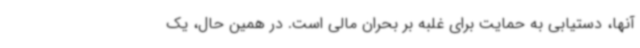
آنها، دستیابی به حمایت برای غلبه بر بحران مالی است. در همین حال، یک